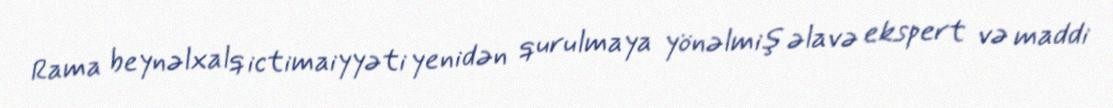
Rama beynəlxalq ictimaiyyəti yenidən qurulmaya yönəlmiş əlavə ekspert və maddi